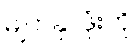
မျက်နှာဖုံးကို